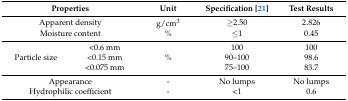
| <COLSPAN=2> Properties | Unit | Specification [21] | Test Results |
 | --- | --- | --- | --- | --- |
 | <COLSPAN=2> Apparent density | g/cm3 | ≥2.50 | 2.826 |
 | <COLSPAN=2> Moisture content | % | ≤1 | 0.45 |
 | <ROWSPAN=3> Particle size | <0.6 mm | <ROWSPAN=3> % | 100 | 100 |
 | <0.15 mm | 90–100 | 98.6 |
 | <0.075 mm | 75–100 | 83.7 |
 | <COLSPAN=2> Appearance | - | No lumps | No lumps |
 | <COLSPAN=2> Hydrophilic coefficient | - | <1 | 0.6 |